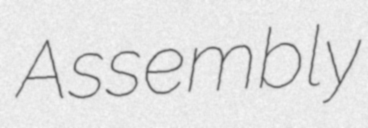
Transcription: Assembly